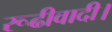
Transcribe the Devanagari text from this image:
रूढीवादी।